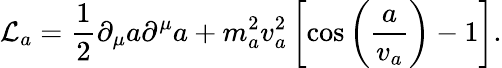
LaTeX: {\cal L}_{a}=\frac{1}{2}\partial_{\mu}a\partial^{\mu}a+m_{a}^{2}v_{a}^{2}\left[\cos\left(\frac{a}{v_{a}}\right)-1\right].